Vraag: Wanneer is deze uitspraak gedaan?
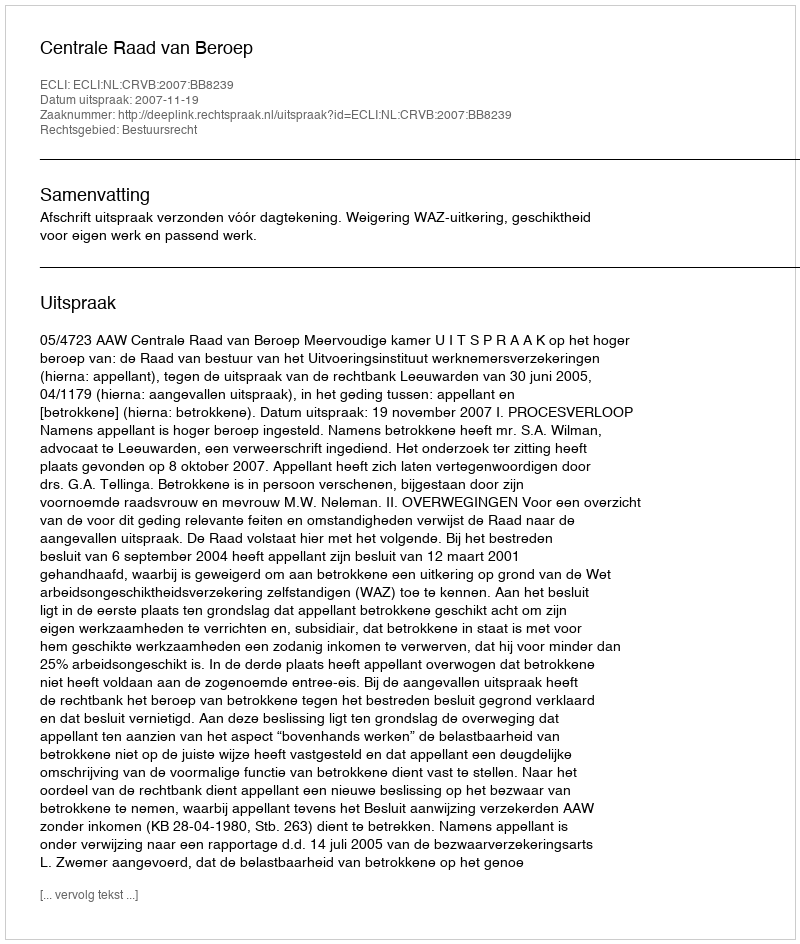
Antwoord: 2007-11-19